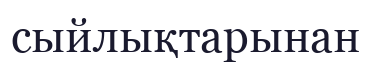
сыйлықтарынан